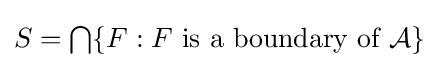
{\textstyle S=\bigcap \{F:F{\text{ is a boundary of }}{\mathcal {A}}\}}